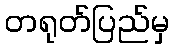
တရုတ်ပြည်မှ